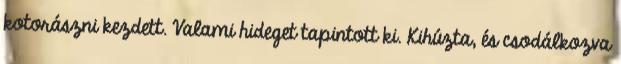
kotorászni kezdett. Valami hideget tapintott ki. Kihúzta, és csodálkozva